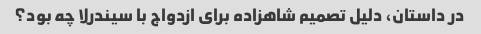
در داستان، دلیل تصمیم شاهزاده برای ازدواج با سیندرلا چه بود؟